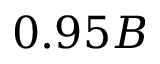
0 . 9 5 B